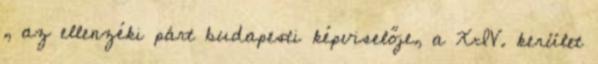
, az ellenzéki párt budapesti képviselője, a XIV. kerület